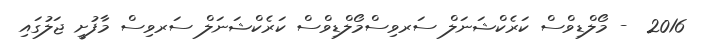
2016  - މޯލްޑިވްސް ކަރެކްޝަނަލް ސަރވިސްމޯލްޑިވްސް ކަރެކްޝަނަލް ސަރވިސް މާފުށީ ޖަލުގައި